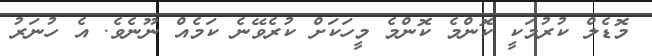
މޮޑެލް ކުރުމަކީ ކޮންމެ ކޮންމެ މީހަކަށް ކުރެވޭނެ ކަމެއް ނޫނެވެ. އެ ހުނަރު